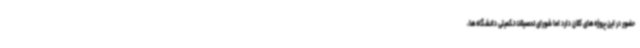
حضور در این پروژه‌های کلان دارد اما شورای تحصیلات تکمیلی دانشگاه‌ها،